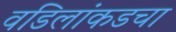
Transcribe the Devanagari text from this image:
वडिलांकडचा